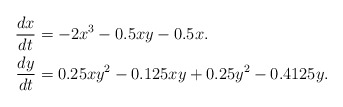
\begin{align*}\frac{dx}{dt} &=-2x^3-0.5xy-0.5x.\\\frac{dy}{dt} & =0.25xy^2-0.125xy+0.25y^2-0.4125y.\\ \end{align*}